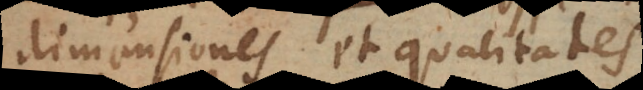
dimensiones et qualitates.